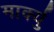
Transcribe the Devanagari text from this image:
मार्क्यु